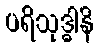
ပရိသုဒ္ဓါနိ